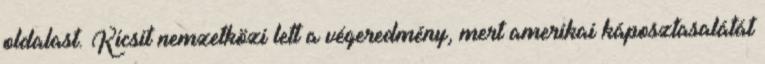
oldalast. Kicsit nemzetközi lett a végeredmény, mert amerikai káposztasalátát